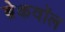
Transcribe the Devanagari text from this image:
ब्रेकवॉल